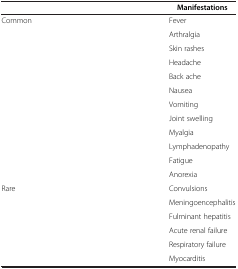
<table><thead><tr><td><b> </b></td><td><b>Manifestations</b></td></tr></thead><tbody><tr><td>Common</td><td>Fever</td></tr><tr><td> </td><td>Arthralgia</td></tr><tr><td> </td><td>Skin rashes</td></tr><tr><td> </td><td>Headache</td></tr><tr><td> </td><td>Back ache</td></tr><tr><td> </td><td>Nausea</td></tr><tr><td> </td><td>Vomiting</td></tr><tr><td> </td><td>Joint swelling</td></tr><tr><td> </td><td>Myalgia</td></tr><tr><td> </td><td>Lymphadenopathy</td></tr><tr><td> </td><td>Fatigue</td></tr><tr><td> </td><td>Anorexia</td></tr><tr><td>Rare</td><td>Convulsions</td></tr><tr><td> </td><td>Meningoencephalitis</td></tr><tr><td> </td><td>Fulminant hepatitis</td></tr><tr><td> </td><td>Acute renal failure</td></tr><tr><td> </td><td>Respiratory failure</td></tr><tr><td> </td><td>Myocarditis</td></tr></tbody></table>